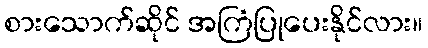
စားသောက်ဆိုင် အကြံပြုပေးနိုင်လား။